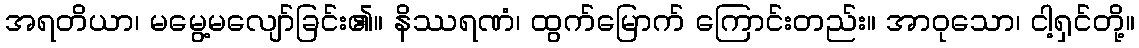
အရတိယာ၊ မမွေ့မလျော်ခြင်း၏။ နိဿရဏံ၊ ထွက်မြောက် ကြောင်းတည်း။ အာဝုသော၊ ငါ့ရှင်တို့။